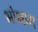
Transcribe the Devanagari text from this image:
भोभाग